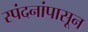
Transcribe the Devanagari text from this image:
स्पंदनांपासून